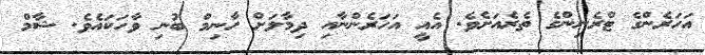
އަހަރެންގެ ޓްރެނިންގެ ތެރެއަށެވެ. އެއީ އަހަރެންނާއި ދިމާލަށް ހާނިމް ބުނި ވާހަކައެވެ. ޝާމް